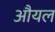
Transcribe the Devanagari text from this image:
औयल